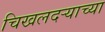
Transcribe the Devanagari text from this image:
चिखलदर्‍याच्या